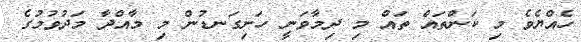
ހެއްޔެވެ މި ކަންތައް ތައް މި ދިމާވަނީ ހަށިގަނޑުން މި މާއްދާ މަދުވުމުގެ